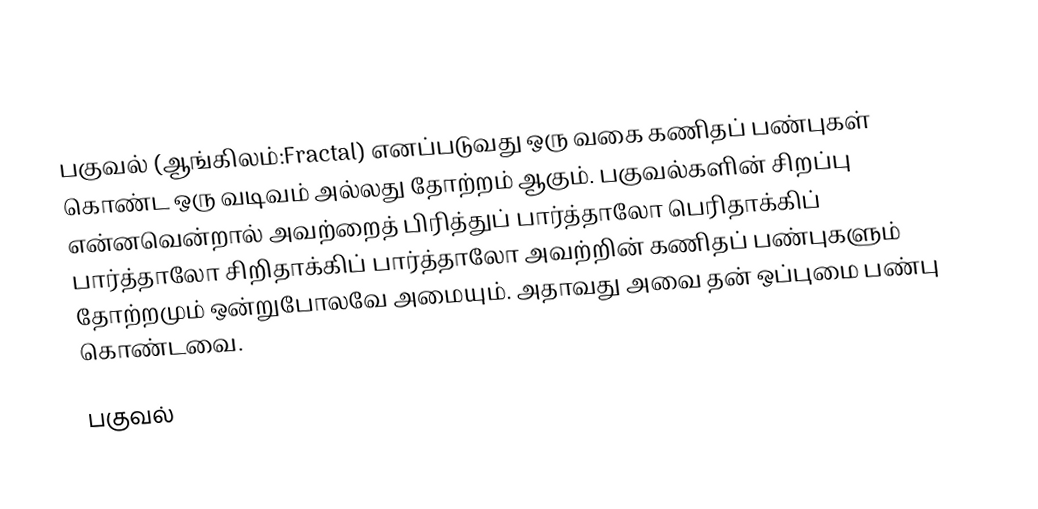
பகுவல் (ஆங்கிலம்:Fractal) எனப்படுவது ஒரு வகை கணிதப் பண்புகள் கொண்ட ஒரு வடிவம் அல்லது தோற்றம் ஆகும். பகுவல்களின் சிறப்பு என்னவென்றால் அவற்றைத் பிரித்துப் பார்த்தாலோ பெரிதாக்கிப் பார்த்தாலோ சிறிதாக்கிப் பார்த்தாலோ அவற்றின் கணிதப் பண்புகளும் தோற்றமும் ஒன்றுபோலவே அமையும். அதாவது அவை தன் ஒப்புமை பண்பு கொண்டவை.

பகுவல்